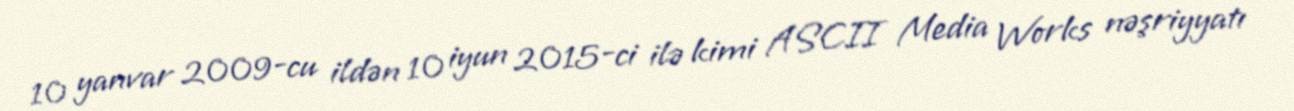
10 yanvar 2009-cu ildən 10 iyun 2015-ci ilə kimi ASCII Media Works nəşriyyatı